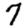
Digit: 7